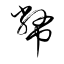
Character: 幤